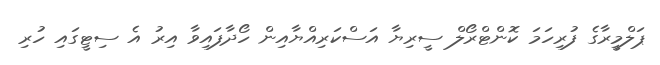
ޕަލްމީރާގެ ފުރިހަމަ ކޮންޓްރޯލް ސީރިޔާ އަސްކަރިއްޔާއިން ހޯދާފައިވާ އިރު އެ ސިޓީގައި ހުރި